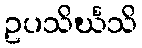
ဥပသိင်္ဃသိ